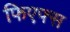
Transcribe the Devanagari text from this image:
फिएफ्स